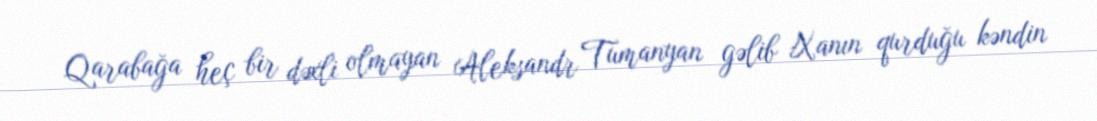
Qarabağa heç bir dəxli olmayan Aleksandr Tumanyan gəlib Xanın qurduğu kəndin